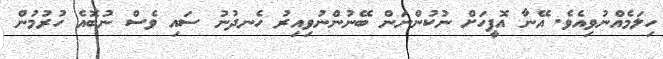
ހިލަމެއްނުވިއެވެ. އޭނާ އޮފީހަށް ނުކުންނަން ބޭނުންނުވިއިރު ހެނދުނު ސައި ވެސް ނުބޮއެ ހުރުމުން